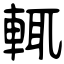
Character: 輒